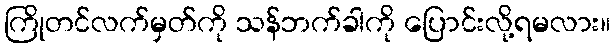
ကြိုတင်လက်မှတ်ကို သန်ဘက်ခါကို ပြောင်းလို့ရမလား။